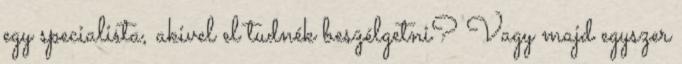
egy specialista, akivel el tudnék beszélgetni? Vagy majd egyszer